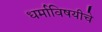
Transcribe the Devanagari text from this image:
धर्माविषयीचे